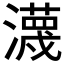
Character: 瀎